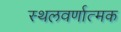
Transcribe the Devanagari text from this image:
स्थलवर्णात्मक